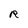
Character: R